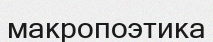
макропоэтика